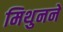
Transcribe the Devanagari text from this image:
मिथुनने